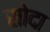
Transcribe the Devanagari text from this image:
सोदा